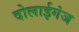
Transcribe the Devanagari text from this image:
दोलाईगंज